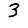
Digit: 3